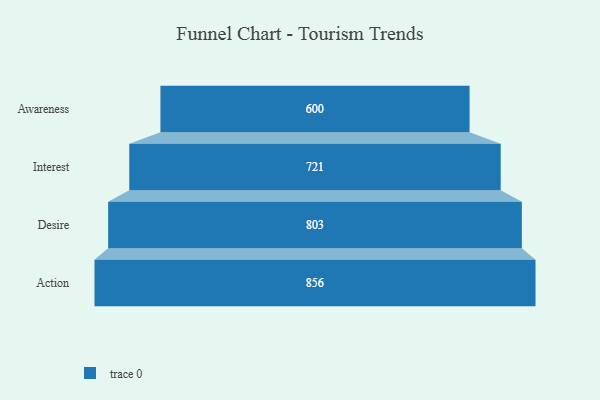
{"axis": {"x": "Stage", "y": "Value"}, "legend": [""], "data": [{"x": "Awareness", "y": 600.0, "type": ""}, {"x": "Interest", "y": 721.0, "type": ""}, {"x": "Desire", "y": 803.0, "type": ""}, {"x": "Action", "y": 856.0, "type": ""}]}